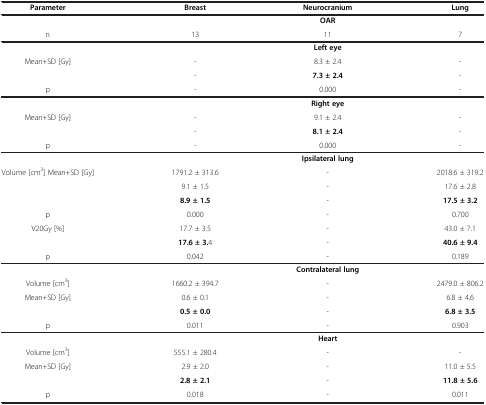
<table><thead><tr><td><b>Parameter</b></td><td><b>Breast</b></td><td><b>Neurocranium</b></td><td><b>Lung</b></td></tr></thead><tbody><tr><td> </td><td> </td><td><b>OAR</b></td><td> </td></tr><tr><td>n</td><td>13</td><td>11</td><td>7</td></tr><tr><td> </td><td> </td><td><b>Left eye</b></td><td> </td></tr><tr><td rowspan="2">Mean+SD [Gy]</td><td>-</td><td>8.3 ± 2.4</td><td>-</td></tr><tr><td>-</td><td><b>7.3 ± 2.4</b></td><td>-</td></tr><tr><td>p</td><td>-</td><td>0.000</td><td>-</td></tr><tr><td> </td><td> </td><td><b>Right eye</b></td><td> </td></tr><tr><td rowspan="2">Mean+SD [Gy]</td><td>-</td><td>9.1 ± 2.4</td><td>-</td></tr><tr><td>-</td><td><b>8.1 ± 2.4</b></td><td>-</td></tr><tr><td>p</td><td>-</td><td>0.000</td><td>-</td></tr><tr><td> </td><td> </td><td><b>Ipsilateral lung</b></td><td> </td></tr><tr><td rowspan="3">Volume [cm<sup>3</sup>] Mean+SD [Gy]</td><td>1791.2 ± 313.6</td><td>-</td><td>2018.6 ± 319.2</td></tr><tr><td>9.1 ± 1.5</td><td>-</td><td>17.6 ± 2.8</td></tr><tr><td><b>8.9 ± 1.5</b></td><td>-</td><td><b>17.5 ± 3.2</b></td></tr><tr><td>p</td><td>0.000</td><td>-</td><td>0.700</td></tr><tr><td>V20Gy [%]</td><td>17.7 ± 3.5</td><td>-</td><td>43.0 ± 7.1</td></tr><tr><td> </td><td><b>17.6 ± 3.</b>4</td><td>-</td><td><b>40.6 ± 9.4</b></td></tr><tr><td>p</td><td>0.042</td><td>-</td><td>0.189</td></tr><tr><td> </td><td> </td><td><b>Contralateral lung</b></td><td> </td></tr><tr><td>Volume [cm<sup>3</sup>]</td><td>1660.2 ± 394.7</td><td>-</td><td>2479.0 ± 806.2</td></tr><tr><td rowspan="2">Mean+SD [Gy]</td><td>0.6 ± 0.1</td><td>-</td><td>6.8 ± 4.6</td></tr><tr><td><b>0.5 ± 0.0</b></td><td>-</td><td><b>6.8 ± 3.5</b></td></tr><tr><td>p</td><td>0.011</td><td>-</td><td>0.903</td></tr><tr><td> </td><td> </td><td><b>Heart</b></td><td> </td></tr><tr><td>Volume [cm<sup>3</sup>]</td><td>555.1 ± 280.4</td><td>-</td><td>-</td></tr><tr><td rowspan="2">Mean+SD [Gy]</td><td>2.9 ± 2.0</td><td>-</td><td>11.0 ± 5.5</td></tr><tr><td><b>2.8 ± 2.1</b></td><td>-</td><td><b>11.8 ± 5.6</b></td></tr><tr><td>p</td><td>0.018</td><td>-</td><td>0.011</td></tr></tbody></table>